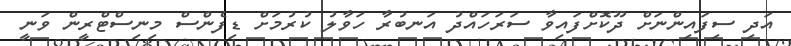
އަދި ސިފައިންނަށް ދޫކޮށްފައިވާ ސަރަހައްދު އަނބުރާ ހަވާލު ކުރުމަށް ޑިފެންސް މިނިސްޓްރީން ވަނީ